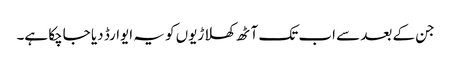
جن کے بعد سے اب تک آٹھ کھلاڑیوں کو یہ ایوارڈ دیا جاچکا ہے۔